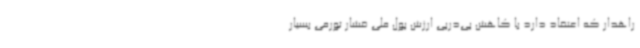
راهدار که اعتقاد دارد با کاهش پی‌درپی ارزش پول ملی فشار تورمی بسیار